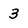
Character: 3